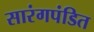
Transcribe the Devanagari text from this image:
सारंगपंडित